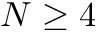
N \ge 4